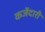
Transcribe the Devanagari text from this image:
कर्जेदारी